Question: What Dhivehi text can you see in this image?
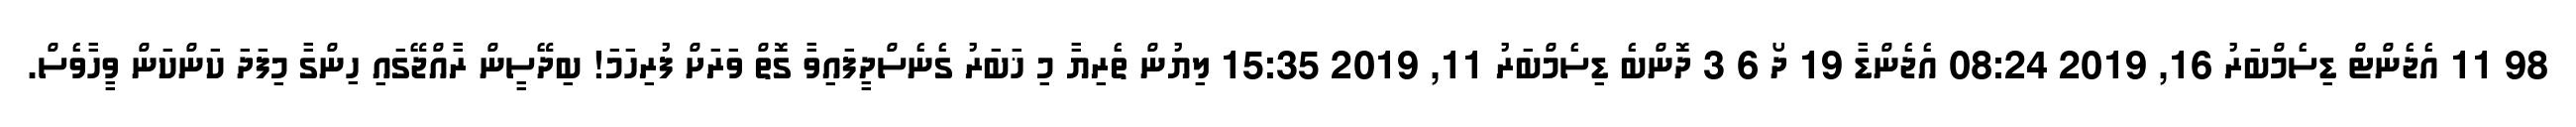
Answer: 98 11 އެޖެންޓް ޑިސެމްބަރު 16, 2019 08:24 އެޖެންޑާ 19 ދޯ 6 3 ދޮންބެ ޑިސެމްބަރު 11, 2019 15:35 ލިޔުން ތެރިޔާ މި ޚަބަރު ގެނެސްދީފައިވާ ގޮތް ވަރަށް ފުރިހަމަ! ބިދޭސީން ރާއްޖޭގައި ހިންގާ މިފަދަ ކަންކަން ވީހާވެސް.